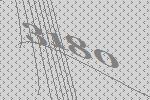
3180